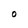
Character: o